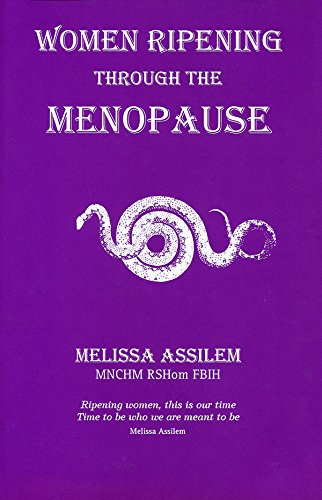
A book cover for Women ripening through the menopause (Arthuriana); Melissa Anana Assilem; Health, Fitness & Dieting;